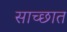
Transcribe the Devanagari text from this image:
साच्छात